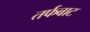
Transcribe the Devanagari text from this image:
तर्फबाट